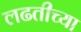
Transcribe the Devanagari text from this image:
लढतीच्या